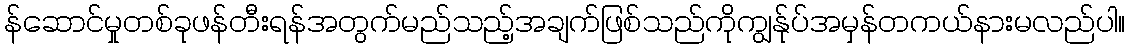
န်ဆောင်မှုတစ်ခုဖန်တီးရန်အတွက်မည်သည့်အချက်ဖြစ်သည်ကိုကျွန်ုပ်အမှန်တကယ်နားမလည်ပါ။